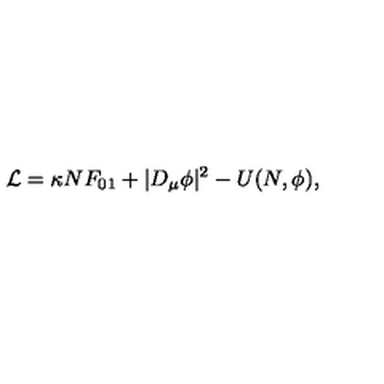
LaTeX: { \cal L } = \kappa N F _ { 0 1 } + | D _ { \mu } \phi | ^ { 2 } - U ( N , \phi ) ,